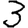
Digit: 3